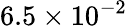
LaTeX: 6.5\times 10^{-2}